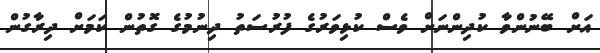
އަށް ބޭނުންވާ ކުދިންނަށް ވެސް ކުޅިވަރުގެ ފުރުސަތު ދިނުމުގެ ގޮތުން ކަމަށް ދިރާގުން